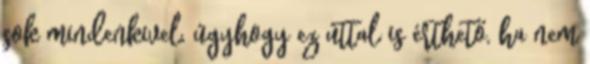
sok mindenkivel, úgyhogy ez úttal is érthető, ha nem